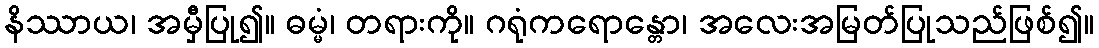
နိဿာယ၊ အမှီပြု၍။ ဓမ္မံ၊ တရားကို။ ဂရုံကရောန္တော၊ အလေးအမြတ်ပြုသည်ဖြစ်၍။